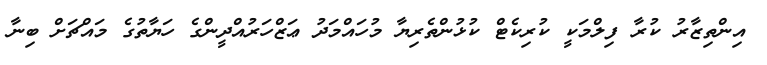
އިންތިޒާރު ކުރާ ފިލްމަކީ ކުރިކެޓް ކުޅުންތެރިޔާ މުހައްމަދު ޢަޒްހަރުއްދީންގެ ހަޔާތުގެ މައްޗަށް ބިނާ